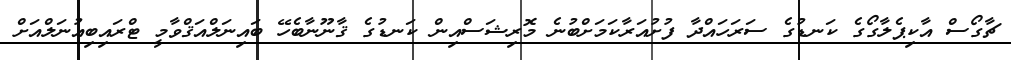
ޗާގޯސް އާކިޕެލާގޯގެ ކަނޑުގެ ސަރަހައްދާ ފުށުއަރާކަމަށްބުނެ މޮރިޝަސްއިން ކަނޑުގެ ޤާނޫނާބެހޭ ބައިނަލްއަޤްވާމީ ޓްރައިބިއުނަލްއަށް